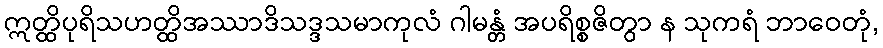
ဣတ္ထိပုရိသဟတ္ထိအဿာဒိသဒ္ဒသမာကုလံ ဂါမန္တံ အပရိစ္စဇိတွာ န သုကရံ ဘာဝေတုံ,